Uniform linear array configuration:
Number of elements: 4
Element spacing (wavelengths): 0.25
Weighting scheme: binomial
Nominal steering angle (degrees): -60
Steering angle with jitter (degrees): -60.147
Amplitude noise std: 0.05
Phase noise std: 0.05

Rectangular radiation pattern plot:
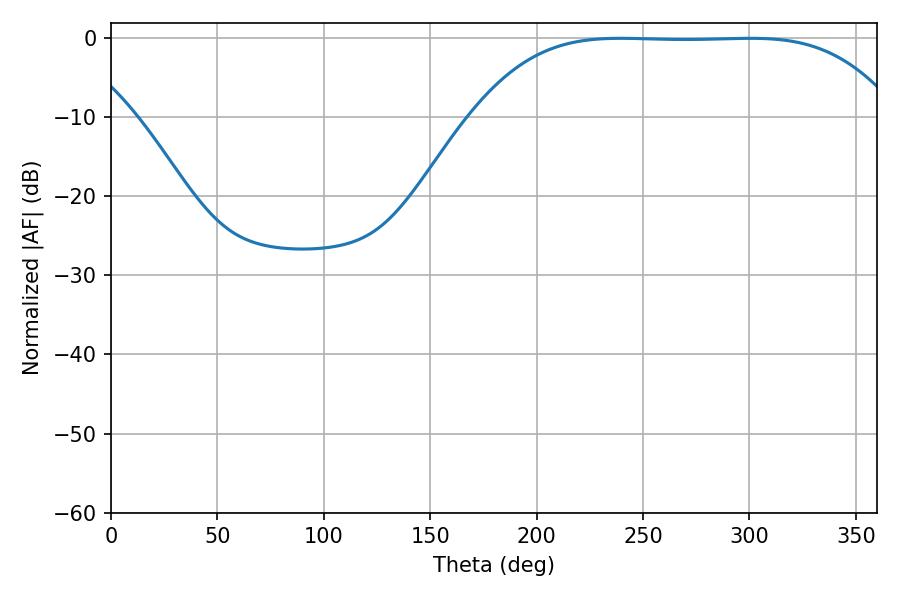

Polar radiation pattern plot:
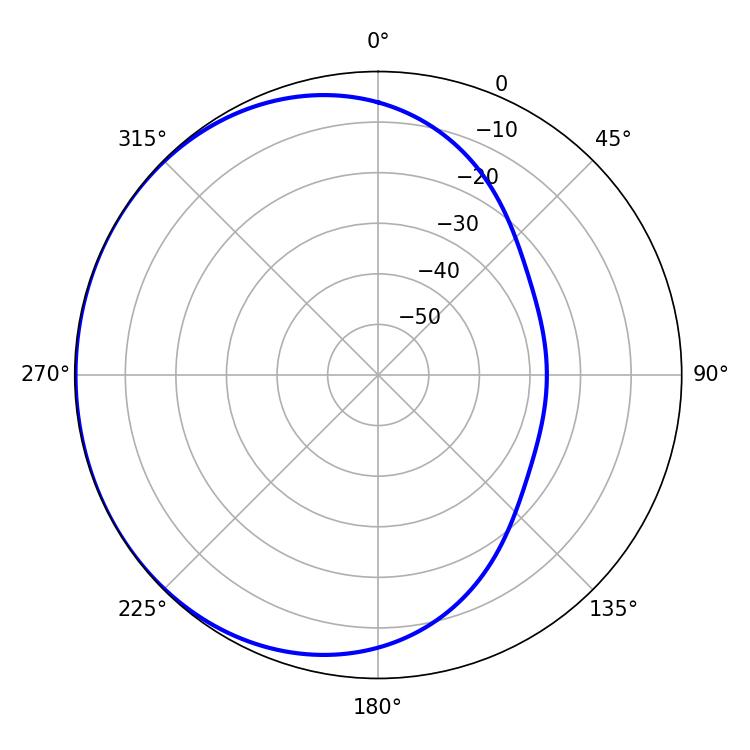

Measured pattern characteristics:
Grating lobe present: FALSE
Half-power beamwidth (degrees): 150.84
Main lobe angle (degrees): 239.58